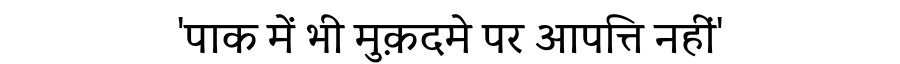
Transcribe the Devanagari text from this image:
'पाक में भी मुक़दमे पर आपत्ति नहीं'